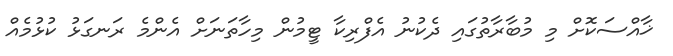
ޚާއްސަކޮށް މި މުބާރާތުގައި ދެކުނު އެފްރިކާ ޓީމުން މިހާތަނަށް އެންމެ ރަނގަޅު ކުޅުމެއް